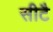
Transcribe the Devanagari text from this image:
सीटै